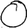
Digit: 0